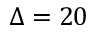
\Delta = 2 0